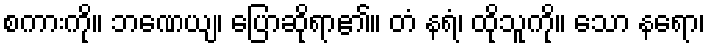
စကားကို။ ဘဏေယျ၊ ပြောဆိုရာ၏။ တံ နရံ၊ ထိုသူကို။ သော နရော၊